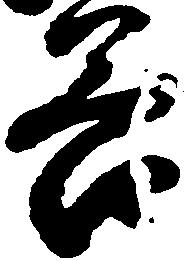
谷